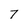
Character: 7